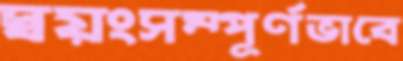
স্বয়ংসম্পূর্ণভাবে